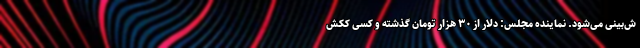
ش‌بینی می‌شود. نماینده مجلس: دلار از ۳۰ هزار تومان گذشته و کسی ککش